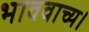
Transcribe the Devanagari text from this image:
भाववाच्य।